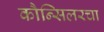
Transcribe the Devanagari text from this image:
कौन्सिलरचा